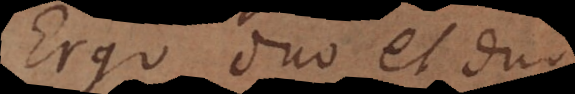
go duo et duo